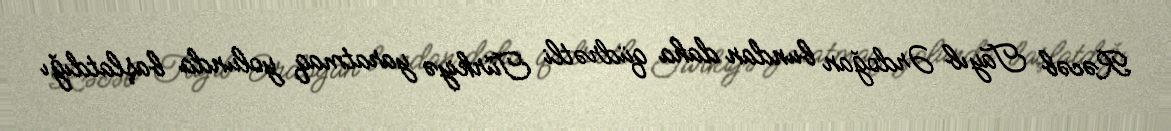
Rəcəb Tayıb Ərdoğan bundan daha qüdrətli Türkiyə yaratmaq yolunda başlatdığı